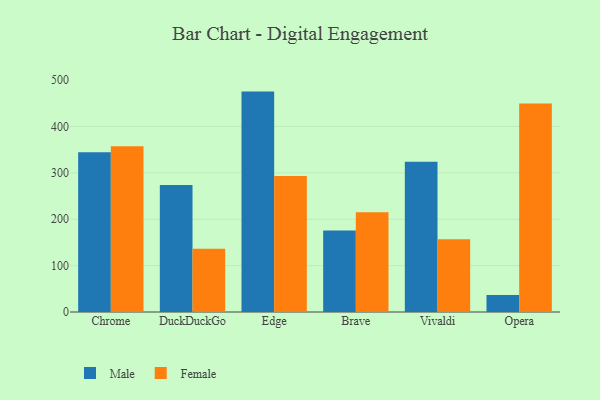
{"axis": {"x": "Browser", "y": "Active Users"}, "legend": ["Female", "Male"], "data": [{"x": "Chrome", "y": 344.4, "type": "Male"}, {"x": "Chrome", "y": 357.6, "type": "Female"}, {"x": "DuckDuckGo", "y": 273.8, "type": "Male"}, {"x": "DuckDuckGo", "y": 136.6, "type": "Female"}, {"x": "Edge", "y": 475.2, "type": "Male"}, {"x": "Edge", "y": 293.0, "type": "Female"}, {"x": "Brave", "y": 175.8, "type": "Male"}, {"x": "Brave", "y": 215.0, "type": "Female"}, {"x": "Vivaldi", "y": 323.7, "type": "Male"}, {"x": "Vivaldi", "y": 156.7, "type": "Female"}, {"x": "Opera", "y": 36.4, "type": "Male"}, {"x": "Opera", "y": 449.7, "type": "Female"}]}